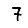
Digit: 7